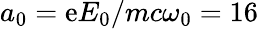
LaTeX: a_{0}=\mathrm{e}E_{0}/mc\omega_{0}=16